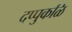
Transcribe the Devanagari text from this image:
दप्पुकळि